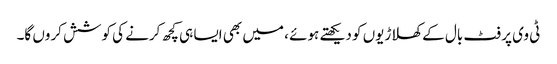
ٹی وی پر فٹ بال کے کھلاڑیوں کو دیکھتے ہوئے ، میں بھی ایسا ہی کچھ کرنے کی کوشش کروں گا۔